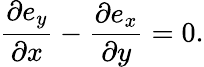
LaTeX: \frac{\partial e_{y}}{\partial x}-\frac{\partial e_{x}}{\partial y}=0.